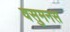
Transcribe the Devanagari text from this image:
वसुमनस